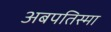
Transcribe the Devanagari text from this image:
अबपतिस्मा